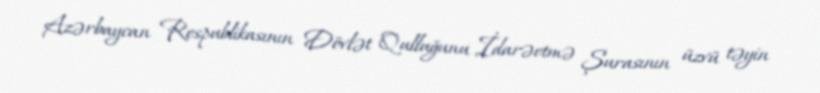
Azərbaycan Respublikasının Dövlət Qulluğunu İdarəetmə Şurasının üzvü təyin